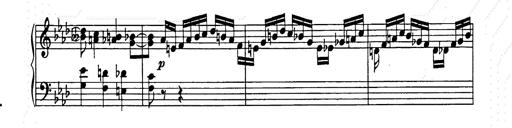
Title: Weinen, Klagen, Sorgen, Zagen
Composer: Franz Liszt